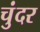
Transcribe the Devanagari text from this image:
चुंदर